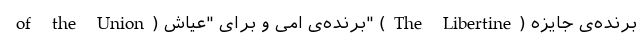
of the Union) برنده‌ی امی و برای "عیاش" (The Libertine) برنده‌ی جایزه